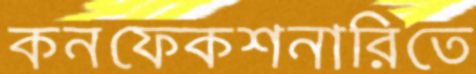
কনফেকশনারিতে